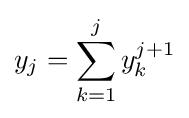
y_{j}=\sum _{k=1}^{j}y_{k}^{j+1}